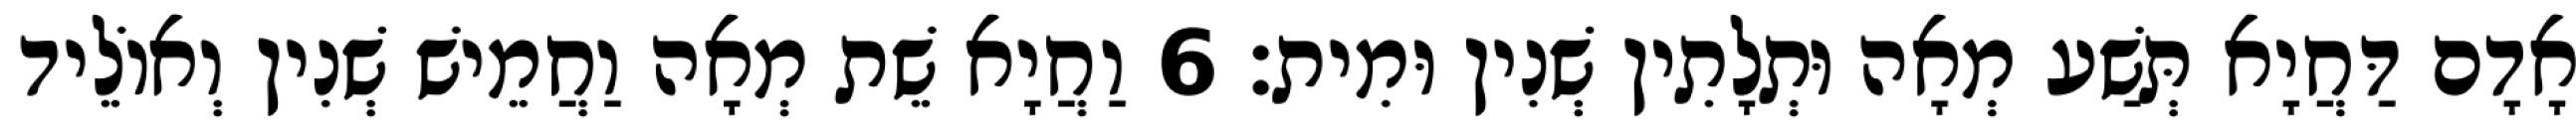
אָדָם דַּחֲיָא תְּשַׁע מְאָה וּתְלָתִין שְׁנִין וּמִית׃ 6 וַחֲיָא שֵׁת מְאָה וַחֲמֵישׁ שְׁנִין וְאוֹלֵיד